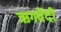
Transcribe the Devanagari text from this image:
ऋगर्वेदी